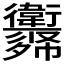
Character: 𢖨